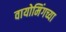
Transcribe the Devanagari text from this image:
वायोमिंगच्या